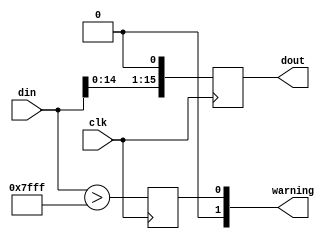
`default_nettype none

/*
    Author: Sebastian Jorquera

    parametrized bit shifting. 
    ASYNC = 1   just a wire assignation
    ASYNC = 0   makes a clocked shift
    
*/

module shift #(
    parameter DATA_WIDTH = 16,
    parameter DATA_TYPE = "unsigned", //"signed" or "unsigned"
    parameter SHIFT_VALUE = 1,      //positive <<, negative >>
    parameter ASYNC = 0,             // 
    parameter OVERFLOW_WARNING = 1
) (
    input wire clk,
    input wire [DATA_WIDTH-1:0] din,

    output wire [DATA_WIDTH-1:0] dout,
    output wire [1:0] warning
);
initial begin
    //$display("SHIFT OVERFLOW WARNING %d", OVERFLOW_WARNING);
end

generate
    if(DATA_TYPE=="signed")begin
        if(ASYNC)begin
            wire signed [DATA_WIDTH+SHIFT_VALUE-1:0] dout_temp;
            assign dout = $signed(dout_temp);
            if(SHIFT_VALUE==0)
                assign dout_temp = din;
            else if(SHIFT_VALUE>0)begin
                assign dout_temp = $signed(din)<<<(SHIFT_VALUE);
                if(OVERFLOW_WARNING)begin
                    assign warning[0] = $signed(din)>(2**(DATA_WIDTH-SHIFT_VALUE-1)-1);
                    assign warning[1] = $signed(din)<(-(2**(DATA_WIDTH-SHIFT_VALUE-1)));
                end
            end
            else
                assign dout_temp = $signed(din)>>>(-SHIFT_VALUE);
        end
        else begin
            reg signed [DATA_WIDTH+SHIFT_VALUE-1:0] dout_temp=0;
            reg [1:0] warning_r =0;
            assign warning = warning_r;
            assign dout = $signed(dout_temp);
            always@(posedge clk)begin
                if(SHIFT_VALUE==0)
                    dout_temp <= $signed(din);
                else if(SHIFT_VALUE>0)begin
                    dout_temp <= $signed(din)<<<(SHIFT_VALUE);
                    if(OVERFLOW_WARNING)begin
                        warning_r[0] <= $signed(din)>(2**(DATA_WIDTH-SHIFT_VALUE-1)-1);
                        warning_r[1] <= $signed(din)<(-(2**(DATA_WIDTH-SHIFT_VALUE-1)));
                    end
                end
                else
                    dout_temp <= $signed(din)>>>(-SHIFT_VALUE);
            end
        end
    end
    else begin
        if(ASYNC)begin
            wire [DATA_WIDTH+SHIFT_VALUE-1:0] dout_temp;
            assign dout = dout_temp;
            if(SHIFT_VALUE==0)
                assign dout_temp = din;
            else if(SHIFT_VALUE>0)begin
                assign dout_temp = $unsigned(din)<<(SHIFT_VALUE);
                if(OVERFLOW_WARNING)
                    assign warning = $unsigned(din) > (2**(DATA_WIDTH-SHIFT_VALUE)-1);
            end
            else
                assign dout_temp = $unsigned(din)>>(-SHIFT_VALUE);
        end
        else begin
            reg [DATA_WIDTH+SHIFT_VALUE-1:0] dout_temp=0;
            assign dout = dout_temp;
            reg [1:0] warning_r =0;
            assign warning = warning_r;
            always@(posedge clk)begin
                if(SHIFT_VALUE==0)
                    dout_temp <= $unsigned(din);
                else if(SHIFT_VALUE>0)begin
                    dout_temp <= $unsigned(din)<<(SHIFT_VALUE);
                    if(OVERFLOW_WARNING)
                        warning_r <= $unsigned(din) > (2**(DATA_WIDTH-SHIFT_VALUE)-1);
                end
                else
                    dout_temp <= $unsigned(din)>>(-SHIFT_VALUE);
            end
        end
    end
endgenerate


endmodule